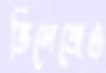
ভিলেজেও